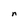
Character: n